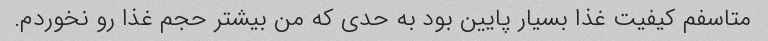
متاسفم کیفیت غذا بسیار پایین بود به حدی که من بیشتر حجم غذا رو نخوردم.